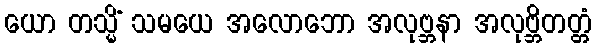
ယော တသ္မိံ သမယေ အလောဘော အလုဗ္ဘနာ အလုဗ္ဘိတတ္တံ